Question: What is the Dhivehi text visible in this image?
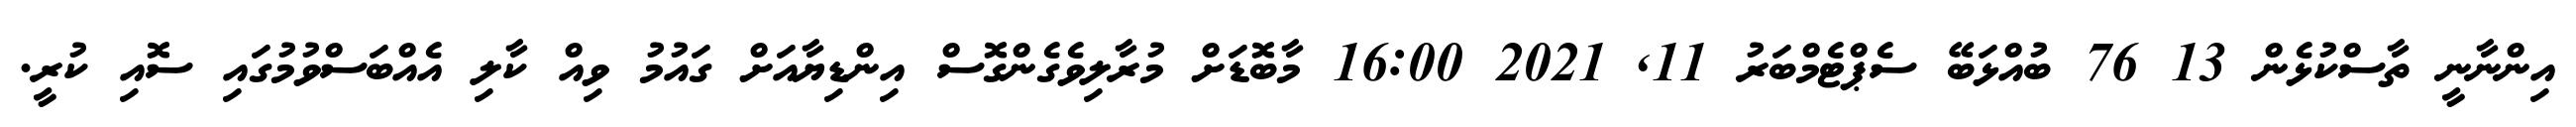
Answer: އިންނާނީ ތާސްކުޅެން 13 76 ބުއްޅަބޭ ސެޕްޓެމްބަރު 11, 2021 16:00 މާބޮޑަށް މުރާލިވެގެންގޮސް އިންޑިޔާއަށް ގައުމު ވިއް ކާލި އެއްބަސްވުމުގައި ސޮއި ކުރީ.